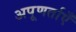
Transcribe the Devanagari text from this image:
अपूणर्ताएँ